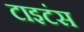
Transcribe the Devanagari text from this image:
टाइटंस